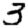
Digit: 3